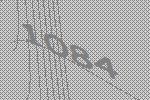
1084